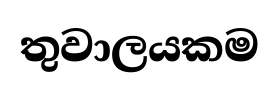
තුවාලයකම